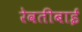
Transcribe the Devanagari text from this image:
रेवतीबाई